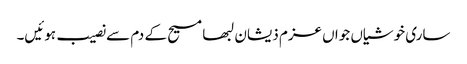
ساری خوشیاں جواں عزم ذیشان لبھا مسیح کے دم سے نصیب ہوئیں۔